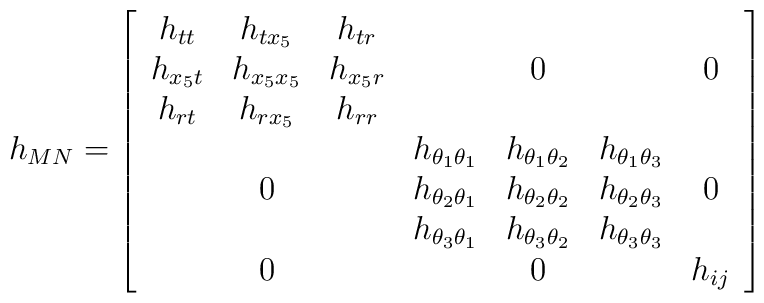
h_{MN} = \left [\begin{array}{ccccccc}h_{tt} & h_{t x_5} & h_{tr} & &&&\\h_{x_5 t} & h_{x_5 x_5} & h_{x_5 r} & &0 &&0 \\h_{rt} & h_{r x_5} & h_{rr} & &&&\\&&&h_{\theta_1 \theta_1} & h_{\theta_1 \theta_2 } & h_{\theta_1 \theta_3} &\\&0 &&h_{\theta_2 \theta_1} & h_{\theta_2 \theta_2 } & h_{\theta_2 \theta_3} &0\\&&&h_{\theta_3 \theta_1} & h_{\theta_3 \theta_2 } & h_{\theta_3 \theta_3} &\\&0&&&0 & &h_{ij}\end{array}\right ]